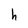
Character: h